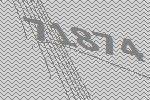
71874